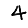
Digit: 4